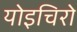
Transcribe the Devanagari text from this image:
योइचिरो